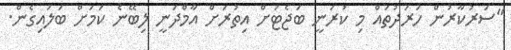
"ސަރުކާރުން ހަރަދުތައް މި ކުރަނީ ބަޖެޓަށް އިތުރަށް އާމްދަނީ ލިބޭނެ ކަމަށް ބަލައިގެން.